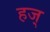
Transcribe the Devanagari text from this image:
हज्